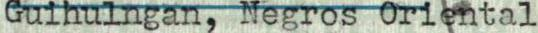
Guihulngan, Negros Oriental